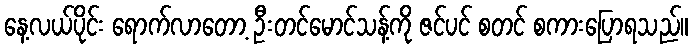
နေ့လယ်ပိုင်း ရောက်လာတော့ ဦးတင်မောင်သန့်ကို ဇင်ပင် စတင် စကားပြောရသည်။